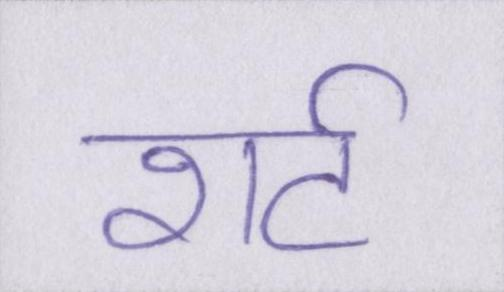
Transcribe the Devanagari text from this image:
शर्ट